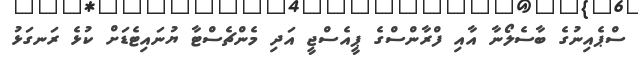
ސްޕެއިނުގެ ބާސެލޯނާ އާއި ފްރާންސްގެ ޕީއެސްޖީ އަދި މެންޗެސްޓާ ޔުނައިޓެޑަށް ކުޅެ ރަނގަޅު